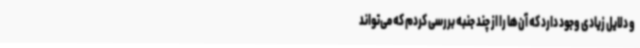
و دلایل زیادی وجود دارد که آن‌ها را از چند جنبه بررسی کردم که می‌تواند